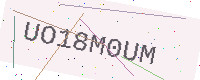
Text: UO18M0UM